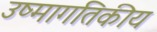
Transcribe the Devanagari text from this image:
उष्मागतिकीय